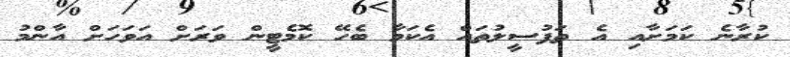
ކުރާނެ ކަމަށާއި އެ ތަފުސީލުތައް އެކަމާ ބެހޭ ކޮމެޓީން ވަރަށް އަވަހަށް އާންމު